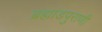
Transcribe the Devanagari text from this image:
ब्रह्मांडपुराणी